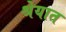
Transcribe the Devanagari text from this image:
श्रेयात